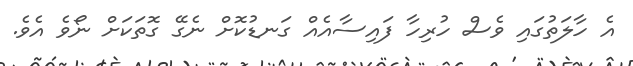
އެ ހާލަތުގައި ވެސް ހުރިހާ ފައިސާއެއް ގަނޑުކޮށް ނެގޭ ގޮތަކަށް ނޯވެ އެވެ.